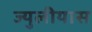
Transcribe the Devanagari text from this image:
ज्युलीयास